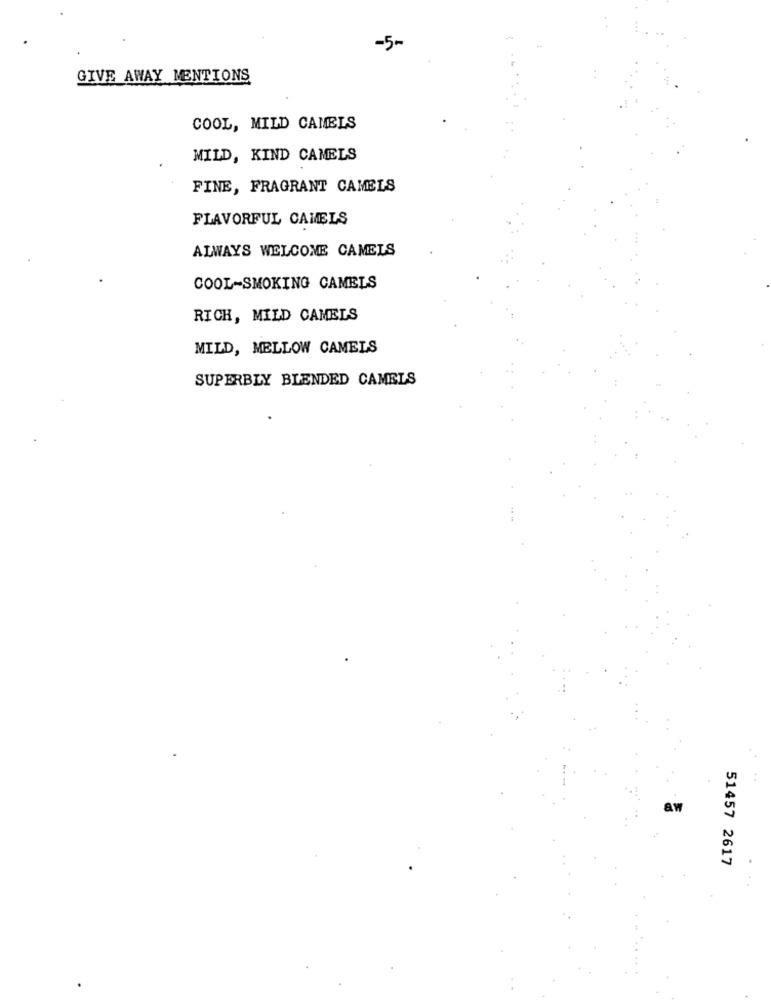
-5-
GIVE AWAY MENTIONS
COOL, MILD CAMELS
MILD, KIND CAMELS
FINE, FRAGRANT CAMELS
FLAVORFUL CAMELS
ALWAYS WELCOME CAMELS
COOL-SMOKING CAMELS
RICH, MILD CAMELS
MILD, MELLOW CAMELS
SUPERBLY BLENDED CAMELS
51457 2617